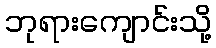
ဘုရားကျောင်းသို့